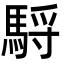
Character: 䮑